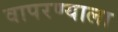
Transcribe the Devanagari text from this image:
वापरण्याला